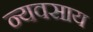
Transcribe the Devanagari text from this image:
न्यवसाय